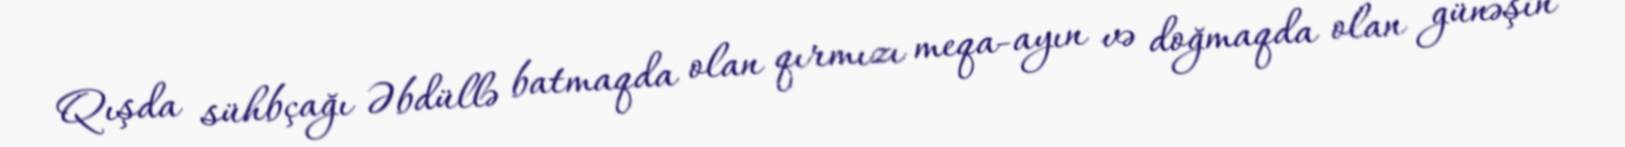
Qışda sühbçağı Əbdüllə batmaqda olan qırmızı meqa-ayın və doğmaqda olan günəşin